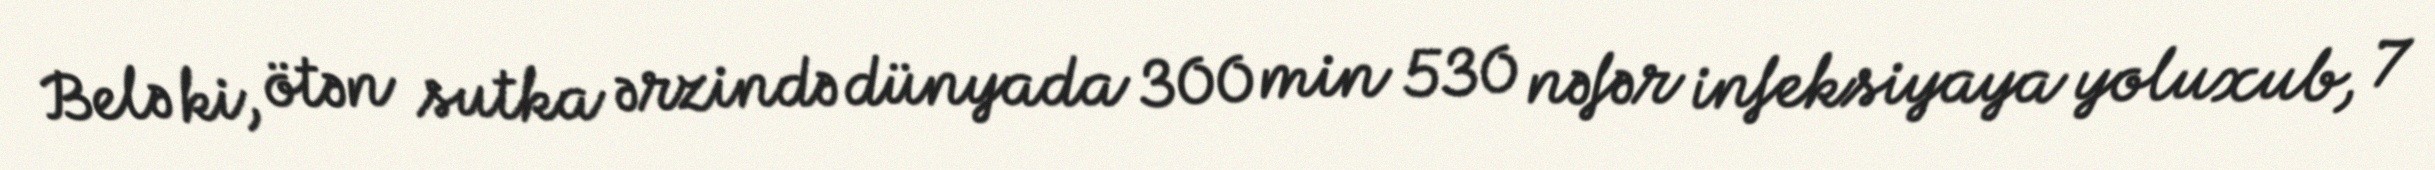
Belə ki, ötən sutka ərzində dünyada 300 min 530 nəfər infeksiyaya yoluxub, 7